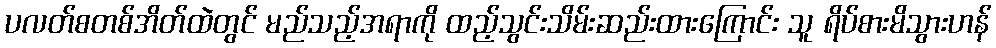
ပလတ်စတစ်အိတ်ထဲတွင် မည်သည့်အရာကို ထည့်သွင်းသိမ်းဆည်းထားကြောင်း သူ ရိပ်စားမိသွားဟန်